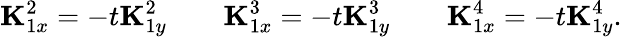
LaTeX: {\mathbf K}_{1x}^{2}=-t{\mathbf K}_{1y}^{2}\qquad{\mathbf K}_{1x}^{3}=-t{\mathbf K}_{1y}^{3}\qquad{\mathbf K}_{1x}^{4}=-t{\mathbf K}_{1y}^{4}.